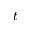
t